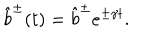
LaTeX: \hat { b } ^ { \pm } ( t ) = \hat { b } ^ { \pm } e ^ { \pm \gamma t } .